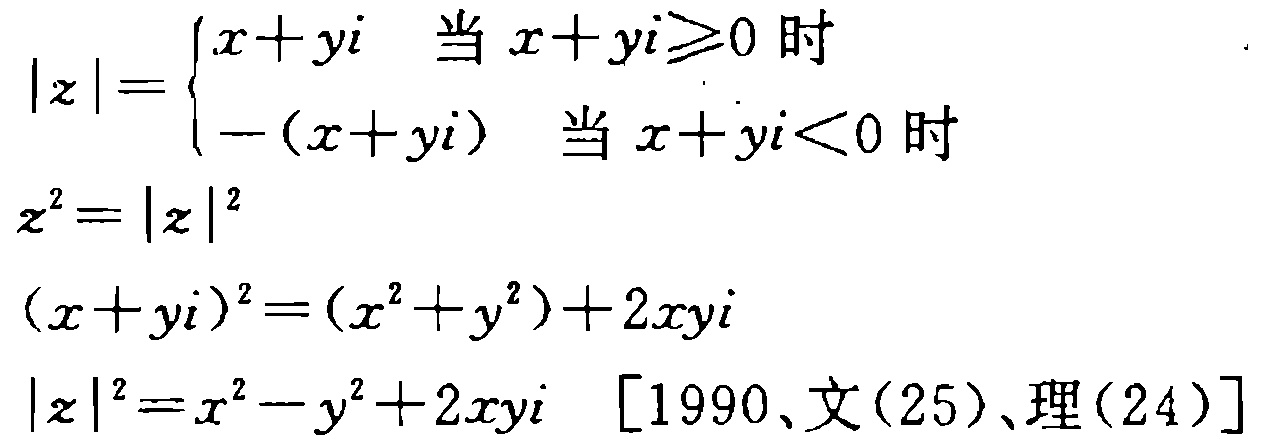
\[

|z| =

\begin{cases}

x + yi & \text{当 } x + yi \geq 0 \text{ 时} \\

-(x + yi) & \text{当 } x + yi < 0 \text{ 时}

\end{cases}

\]

\[z^{2}=|z|^{2}\]

\[(x + yi)^{2}=(x^{2}+y^{2}) + 2xyi\]

\[|z|^{2}=x^{2}-y^{2}+2xyi \quad [1990、文(25)、理(24)]\]